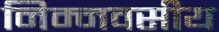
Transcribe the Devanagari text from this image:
निम्नवसीय